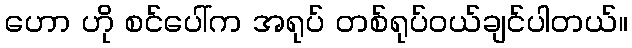
ဟော ဟို စင်ပေါ်က အရုပ် တစ်ရုပ်ဝယ်ချင်ပါတယ်။